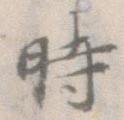
時